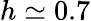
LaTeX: h\simeq 0.7